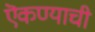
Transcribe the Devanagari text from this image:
ऎकण्याची